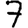
Digit: 7